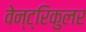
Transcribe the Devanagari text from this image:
वेन्ट्रिकुलर